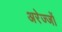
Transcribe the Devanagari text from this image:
अरेज्जों